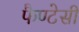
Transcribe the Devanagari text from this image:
फैण्टेसी